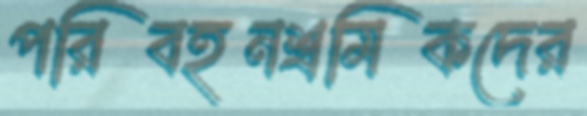
পরিবহনশ্রমিকদের